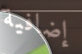
إضافية